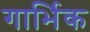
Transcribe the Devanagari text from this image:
गार्भिक